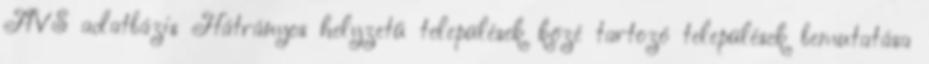
HVS adatbázis Hátrányos helyzetű települések közé tartozó települések bemutatása